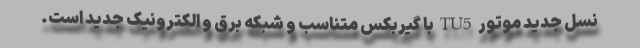
نسل جدید موتور TU5 با گیربکس متناسب و شبکه برق و الکترونیک جدید است.